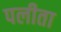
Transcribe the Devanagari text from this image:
पलीता